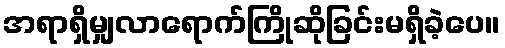
အရာရှိမျှလာရောက်ကြိုဆိုခြင်းမရှိခဲ့ပေ။